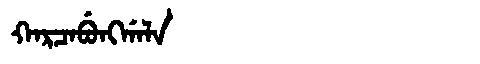
Manchu: ᡴᠠᡵᠴᠠᠪᡠᠩᡤᠠᠯᠠ
Romanization: KARCABUNGGALA